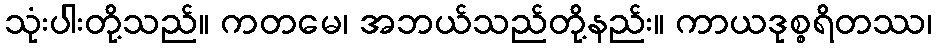
သုံးပါးတို့သည်။ ကတမေ၊ အဘယ်သည်တို့နည်း။ ကာယဒုစ္စရိတဿ၊